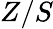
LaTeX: Z/S